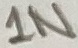
Text: 1N